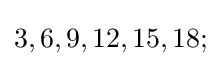
3,6,9,12,15,18;